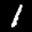
Label: 1